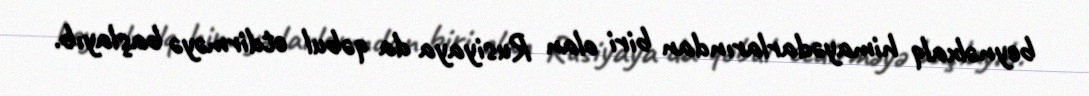
beynəlxalq himayədarlarından biri olan Rusiyaya da qəbul etdirməyə başlayıb.